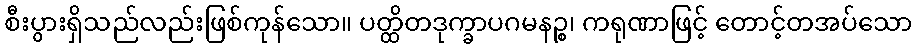
စီးပွားရှိသည်လည်းဖြစ်ကုန်သော။ ပတ္ထိတဒုက္ခာပဂမနဉ္စ၊ ကရုဏာဖြင့် တောင့်တအပ်သော